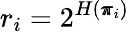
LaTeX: r_{i}=2^{H(\pmb{\pi}_{i})}